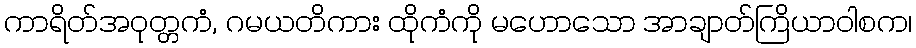
ကာရိတ်အဝုတ္တကံ, ဂမယတိကား ထိုကံကို မဟောသော အာချာတ်ကြိယာဝါစက၊